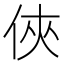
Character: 俠